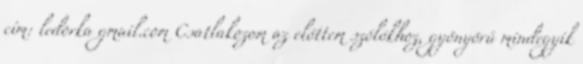
cím: ledorka gmail.com Csatlakozom az előttem szólókhoz, gyönyörű mindegyik